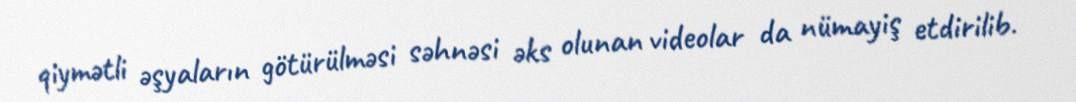
qiymətli əşyaların götürülməsi səhnəsi əks olunan videolar da nümayiş etdirilib.